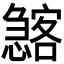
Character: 𱟖